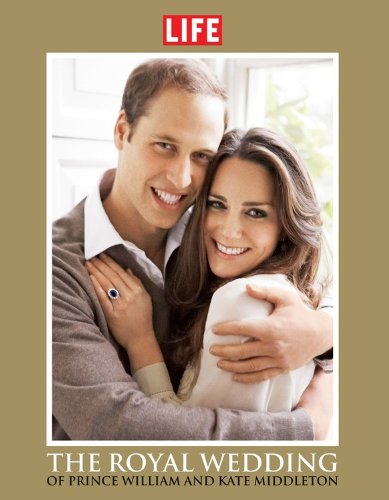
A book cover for The Royal Wedding of Prince William and Kate Middleton; Crafts, Hobbies & Home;